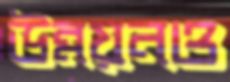
উন্নয়নও